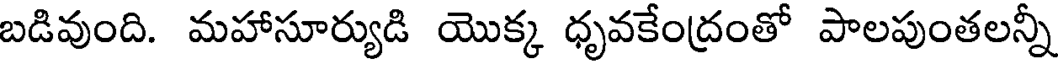
బడివుంది. మహాసూర్యుడి యొక్క ధృవకేంద్రంతో పాలపుంతలన్నీ